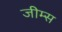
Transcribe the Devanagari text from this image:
जीम्स